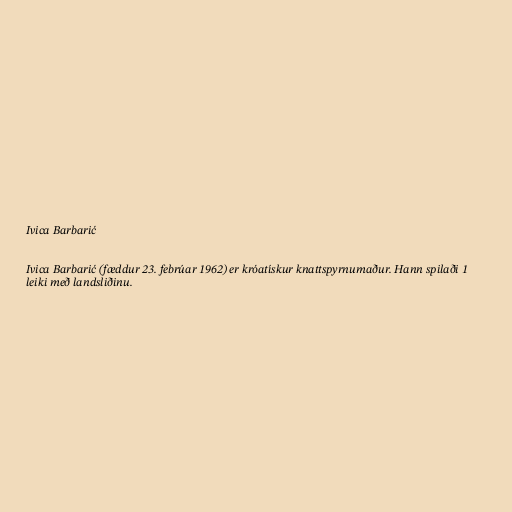
Ivica Barbarić

Ivica Barbarić (fæddur 23. febrúar 1962) er króatískur knattspyrnumaður. Hann spilaði 1
leiki með landsliðinu.